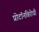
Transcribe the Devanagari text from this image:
प्रोटॉनविरोधी